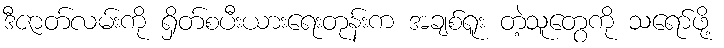
ဒီဇာတ်လမ်းကို ရှိတ်စပီးယားရေးတုန်းက အချစ်ရူး တဲ့သူတွေကို သရော်ဖို့